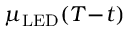
\mu _ { \mathrm { L E D } } ( T \! - \! t )